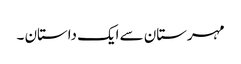
مہرستان سے ایک داستان ۔